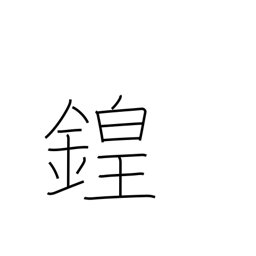
Meaning: sound of bells and drums